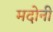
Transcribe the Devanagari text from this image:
मदोनी